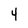
Character: 4